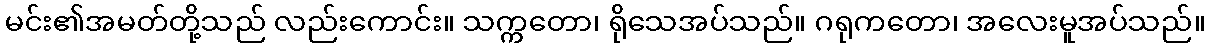
မင်း၏အမတ်တို့သည် လည်းကောင်း။ သက္ကတော၊ ရိုသေအပ်သည်။ ဂရုကတော၊ အလေးမူအပ်သည်။